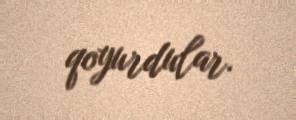
qoyurdular.